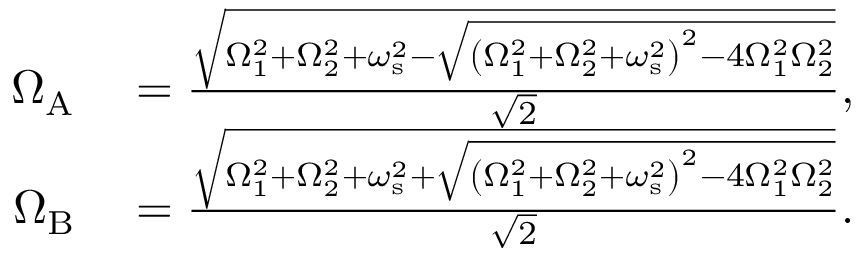
\begin{array} { r l } { \Omega _ { \mathrm { A } } } & { { } = \frac { \sqrt { \Omega _ { 1 } ^ { 2 } + \Omega _ { 2 } ^ { 2 } + \omega _ { \mathrm { s } } ^ { 2 } - \sqrt { \left( \Omega _ { 1 } ^ { 2 } + \Omega _ { 2 } ^ { 2 } + \omega _ { \mathrm { s } } ^ { 2 } \right) ^ { 2 } - 4 \Omega _ { 1 } ^ { 2 } \Omega _ { 2 } ^ { 2 } } } } { \sqrt { 2 } } , } \\ { \Omega _ { \mathrm { B } } } & { { } = \frac { \sqrt { \Omega _ { 1 } ^ { 2 } + \Omega _ { 2 } ^ { 2 } + \omega _ { \mathrm { s } } ^ { 2 } + \sqrt { \left( \Omega _ { 1 } ^ { 2 } + \Omega _ { 2 } ^ { 2 } + \omega _ { \mathrm { s } } ^ { 2 } \right) ^ { 2 } - 4 \Omega _ { 1 } ^ { 2 } \Omega _ { 2 } ^ { 2 } } } } { \sqrt { 2 } } . } \end{array}